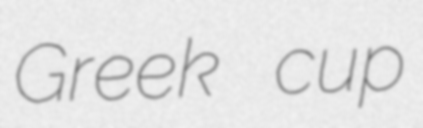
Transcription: Greek cup